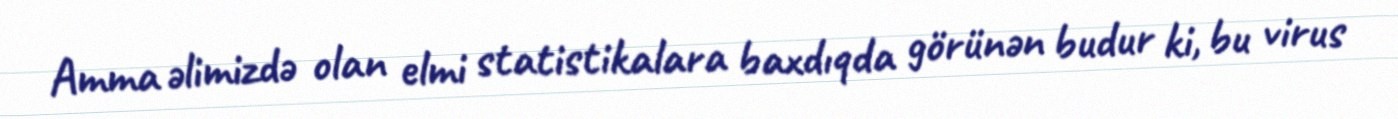
Amma əlimizdə olan elmi statistikalara baxdıqda görünən budur ki, bu virus